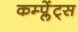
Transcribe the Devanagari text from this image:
कम्प्लेंट्स